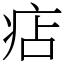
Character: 痁